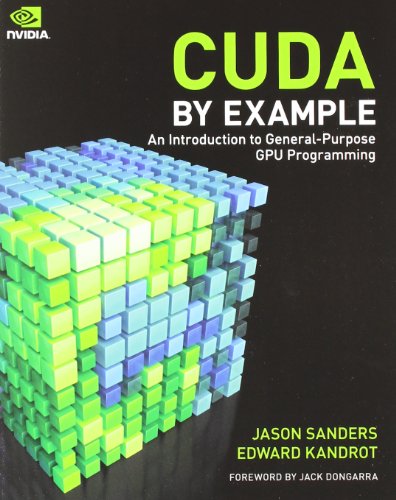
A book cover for CUDA by Example: An Introduction to General-Purpose GPU Programming; Jason Sanders; Computers & Technology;